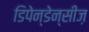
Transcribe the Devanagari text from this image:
डिपेन्डेन्सीज़